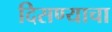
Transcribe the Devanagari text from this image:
दिसण्याचा